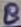
Text: 8